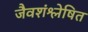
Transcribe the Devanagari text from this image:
जैवशंश्लेषित